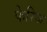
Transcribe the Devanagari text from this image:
फेरिज